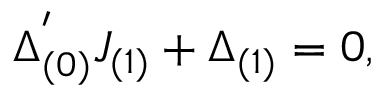
\Delta _ { ( 0 ) } ^ { ' } J _ { ( 1 ) } + \Delta _ { ( 1 ) } = 0 ,